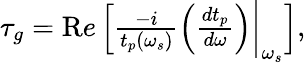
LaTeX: \begin{array}{r}{\tau_{g}={\textrm Re}\left[\frac{-i}{t_{p}(\omega_{s})}\left(\frac{dt_{p}}{d\omega}\right)\bigg|_{\omega_{s}}\right],}\end{array}